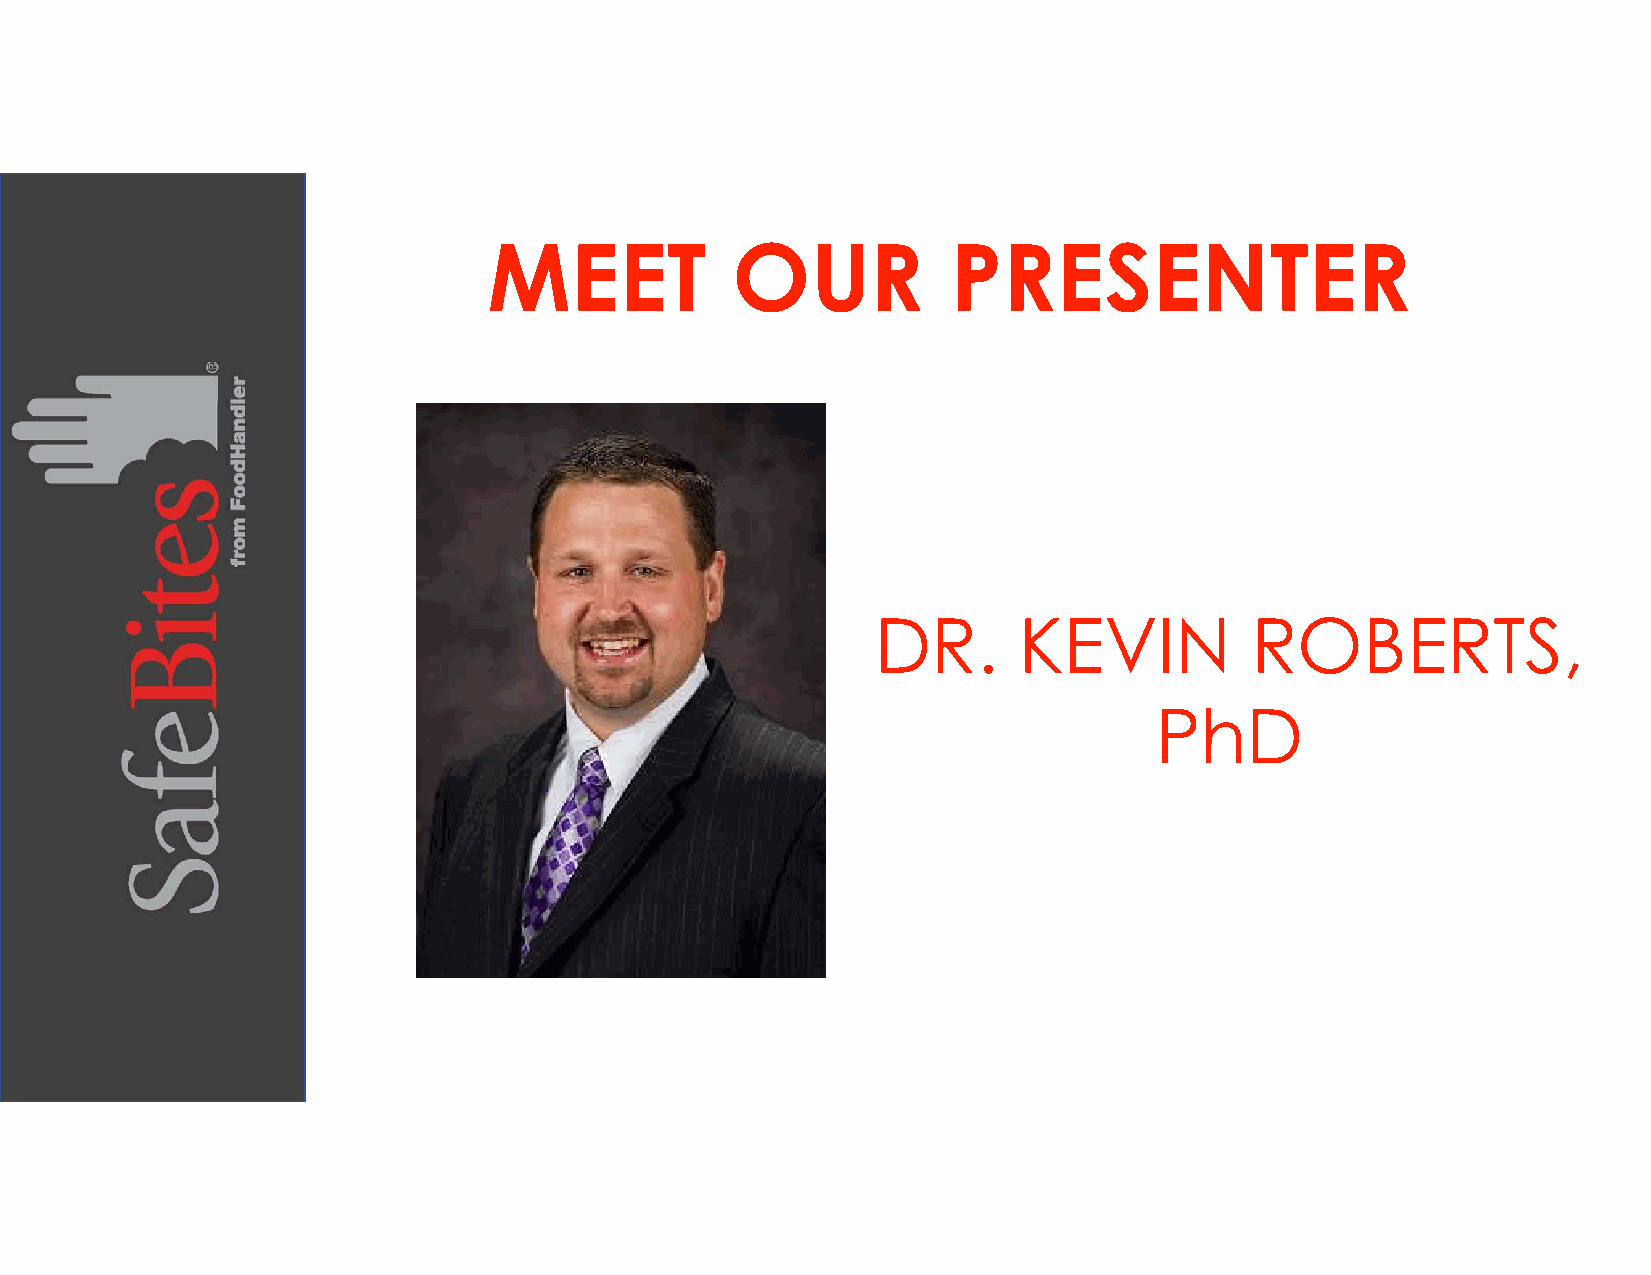
MEET            OUR            PRESENTER
 DR.      KEVIN           ROBERTS,
 PhD